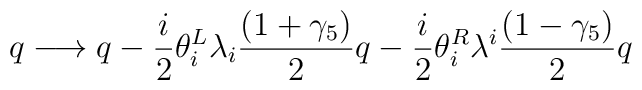
q \longrightarrow q - {i\over 2} \theta^L_i \lambda_i{(1+\gamma_5)\over 2} q - {i\over 2} \theta^R_i \lambda^i{(1-\gamma_5)\over 2} q